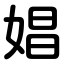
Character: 娼